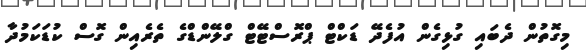
މިގޮތުން ދެބައި ގުޅިގެން އުފެދޭ ޑަކްޓް ޕްރޮސްޓޭޓް ގްލޭންޑްގެ ތެރެއިން ގޮސް ކުޑަކަމުދާ